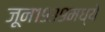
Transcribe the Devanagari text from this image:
जून१९३९मध्ये